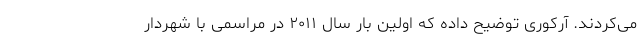
می‌کردند. آرکوری توضیح داده که اولین بار سال ۲۰۱۱ در مراسمی با شهردار